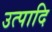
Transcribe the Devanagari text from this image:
उत्पादि